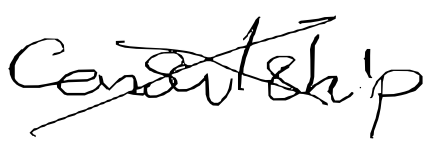
Text: consulship
Cross-out: cross
Writing tool: digital_black